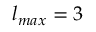
l _ { m a x } = 3